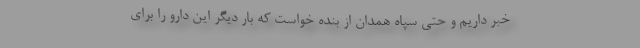
خبر داریم و حتی سپاه همدان از بنده خواست که بار دیگر این دارو را برای